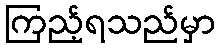
ကြည့်ရသည်မှာ